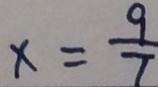
x = \frac { 9 } { 7 }